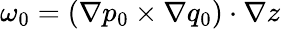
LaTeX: \omega_{0}=(\nabla p_{0}\times\nabla q_{0})\cdot\nabla z